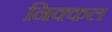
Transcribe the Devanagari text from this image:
निक्कल